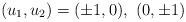
LaTeX: \begin{align*}(u_1, u_2) = (\pm 1, 0),\ (0, \pm 1)\end{align*}